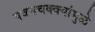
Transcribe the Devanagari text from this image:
पवनचक्क्यांमुळे